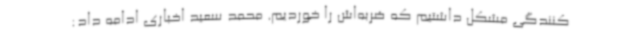
کنندگی مشکل داشتیم که ضربه‌اش را خوردیم. محمد سعید اخباری ادامه داد: